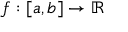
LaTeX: f : [ a , b ] \rightarrow \mathbb { R }